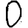
Digit: 0